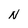
Character: N